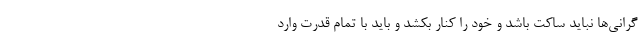
گرانی‌ها نباید ساکت باشد و خود را کنار بکشد و باید با تمام قدرت وارد